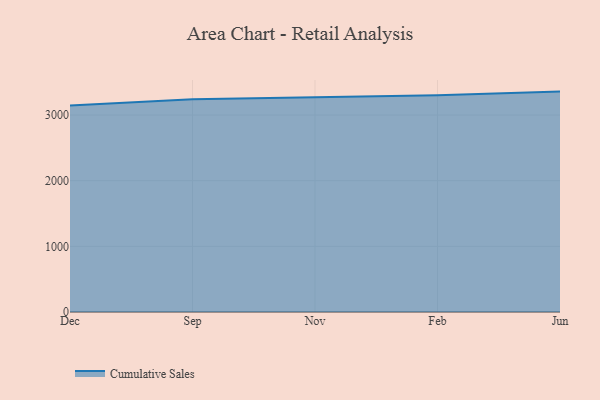
{"axis": {"x": "Month", "y": "Bounce Rate (%)"}, "legend": ["Cumulative Sales"], "data": [{"x": "Dec", "y": 3144.0, "type": "Cumulative Sales"}, {"x": "Sep", "y": 3241.7, "type": "Cumulative Sales"}, {"x": "Nov", "y": 3272.6, "type": "Cumulative Sales"}, {"x": "Feb", "y": 3300.9, "type": "Cumulative Sales"}, {"x": "Jun", "y": 3357.0, "type": "Cumulative Sales"}]}